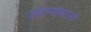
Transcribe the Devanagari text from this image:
जोडप्यांसारखे